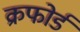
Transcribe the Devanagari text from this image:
क्रफोर्ड